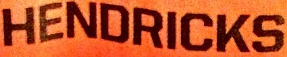
HENDRICKS